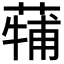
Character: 𮐳